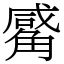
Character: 觱